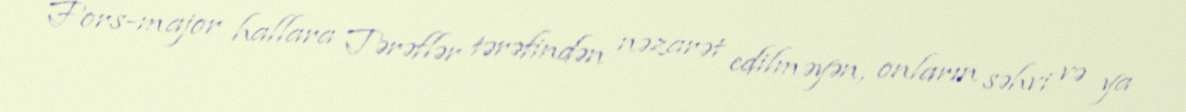
Fors-major hallara Tərəflər tərəfindən nəzarət edilməyən, onların səhvi və ya